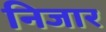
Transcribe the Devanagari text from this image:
निजार